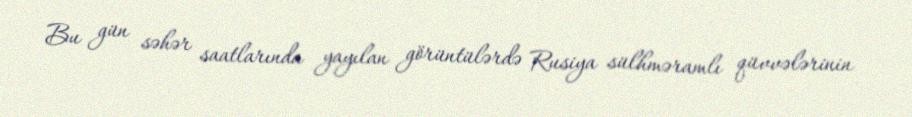
Bu gün səhər saatlarında yayılan görüntülərdə Rusiya sülhməramlı qüvvələrinin